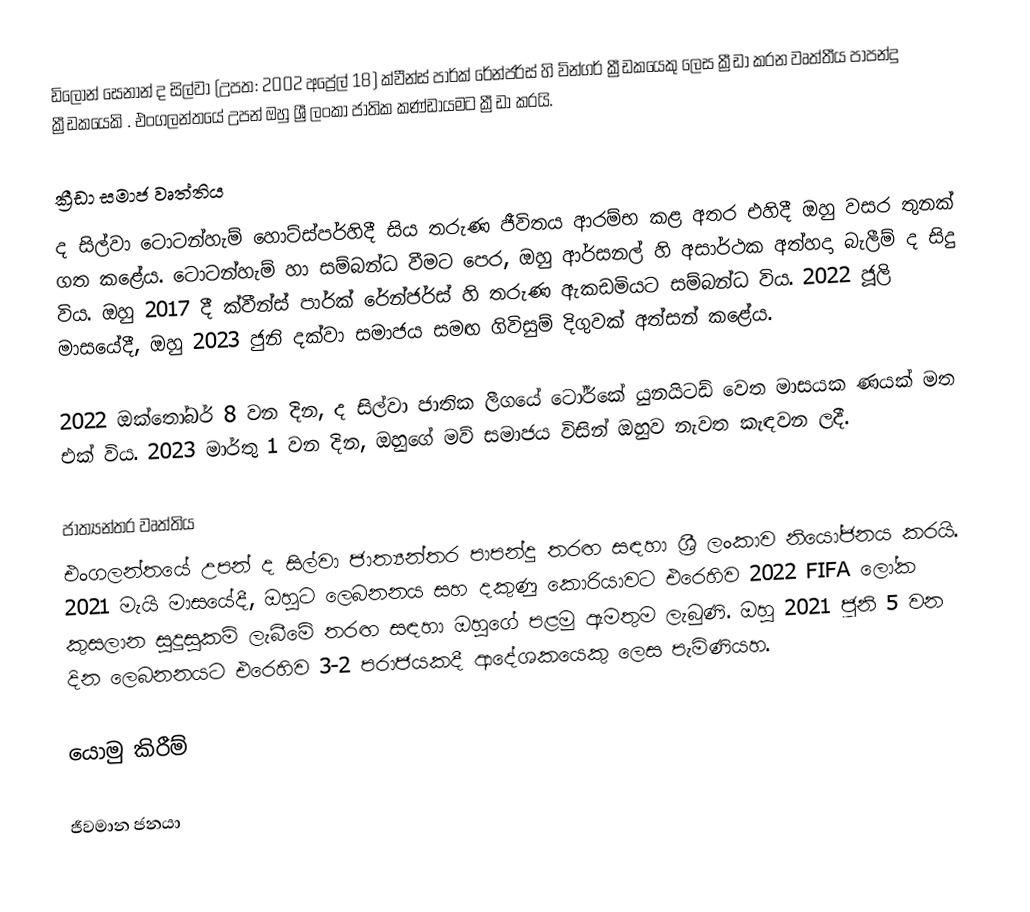
ඩිලෝන් සෙනාන් ද සිල්වා (උපත: 2002 අප්‍රේල් 18) ක්වීන්ස් පාර්ක් රේන්ජර්ස් හි වින්ගර් ක්‍රීඩකයෙකු ලෙස ක්‍රීඩා කරන වෘත්තීය පාපන්දු ක්‍රීඩකයෙකි . එංගලන්තයේ උපන් ඔහු ශ්‍රී ලංකා ජාතික කණ්ඩායමට ක්‍රීඩා කරයි.

ක්‍රීඩා සමාජ වෘත්තිය
ද සිල්වා ටොටන්හැම් හොට්ස්පර්හිදී සිය තරුණ ජීවිතය ආරම්භ කළ අතර එහිදී ඔහු වසර තුනක් ගත කළේය. ටොටන්හැම් හා සම්බන්ධ වීමට පෙර, ඔහු ආර්සනල් හි අසාර්ථක අත්හදා බැලීම් ද සිදු විය. ඔහු 2017 දී ක්වීන්ස් පාර්ක් රේන්ජර්ස් හි තරුණ ඇකඩමියට සම්බන්ධ විය. 2022 ජූලි මාසයේදී, ඔහු 2023 ජුනි දක්වා සමාජය සමඟ ගිවිසුම් දිගුවක් අත්සන් කළේය.

2022 ඔක්තෝබර් 8 වන දින, ද සිල්වා ජාතික ලීගයේ ටෝර්කේ යුනයිටඩ් වෙත මාසයක ණයක් මත එක් විය. 2023 මාර්තු 1 වන දින, ඔහුගේ මව් සමාජය විසින් ඔහුව නැවත කැඳවන ලදී.

ජාත්‍යන්තර වෘත්තිය
එංගලන්තයේ උපන් ද සිල්වා ජාත්‍යන්තර පාපන්දු තරඟ සඳහා ශ්‍රී ලංකාව නියෝජනය කරයි. 2021 මැයි මාසයේදී, ඔහුට ලෙබනනය සහ දකුණු කොරියාවට එරෙහිව 2022 FIFA ලෝක කුසලාන සුදුසුකම් ලැබීමේ තරඟ සඳහා ඔහුගේ පළමු ඇමතුම ලැබුණි. ඔහු 2021 ජූනි 5 වන දින ලෙබනනයට එරෙහිව 3-2 පරාජයකදී ආදේශකයෙකු ලෙස පැමිණියහ.

යොමු කිරීම්

ජීවමාන ජනයා